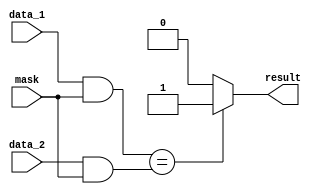
module masked_comparator (
    input [7:0] mask,
    input [7:0] data_1,
    input [7:0] data_2,
    output reg result
);

always @(*) begin
    if ((data_1 & mask) == (data_2 & mask)) begin
        result = 1;
    end else begin
        result = 0;
    end
end

endmodule